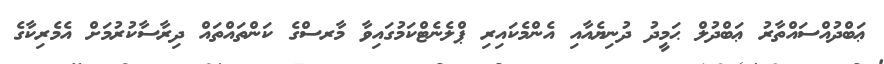
ޢަބްދުއްސައްތާރު ޢަބްދުލް ޙަމީދު ދުނިޔެއާއި އެންމެކައިރި ޕްލެނެޓްކަމުގައިވާ މާރސްގެ ކަންތައްތައް ދިރާސާކުރުމަށް އެމެރިކާގެ